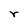
Character: r